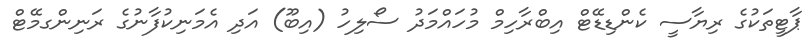
ޕާޓީތަކުގެ ރިޔާސީ ކެންޑިޑޭޓް އިބްރާހިމް މުހައްމަދު ސޯލިހު (އިބޫ) އަދި އެމަނިކުފާނުގެ ރަނިންގމޭޓް